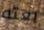
بعته